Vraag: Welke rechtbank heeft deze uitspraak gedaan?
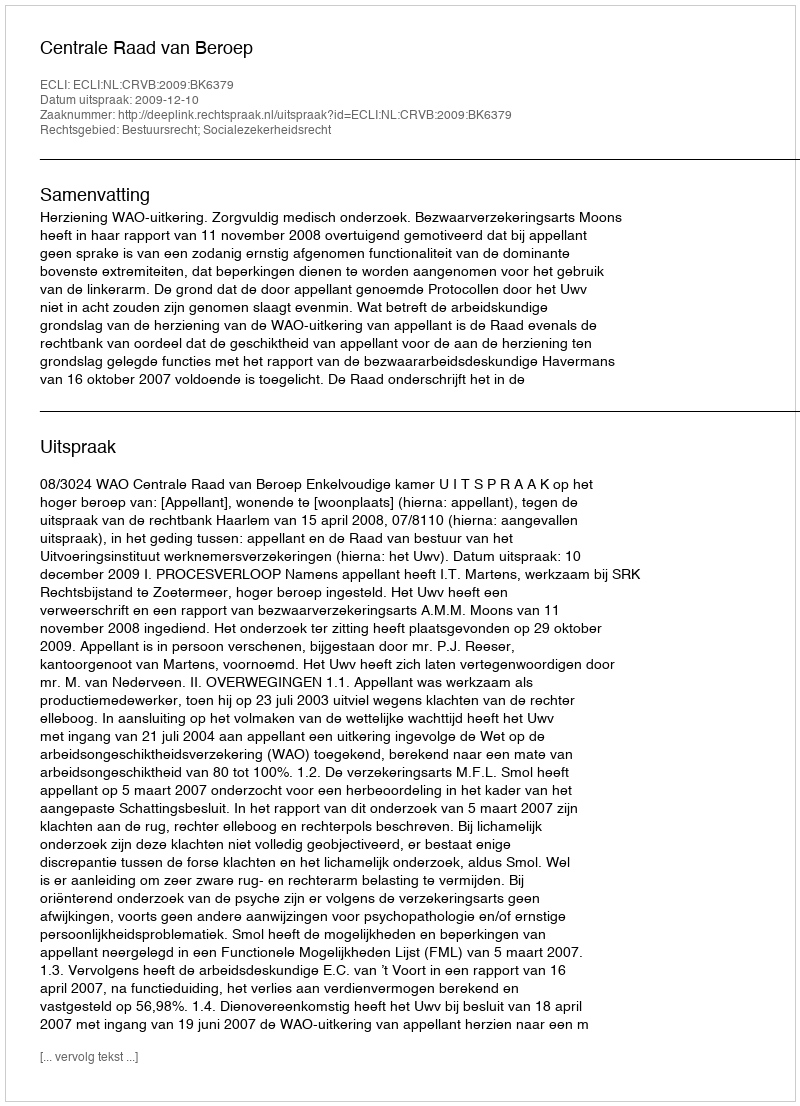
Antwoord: Centrale Raad van Beroep